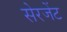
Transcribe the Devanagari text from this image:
सेरजेंट